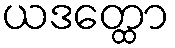
ယဒတ္ထော